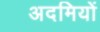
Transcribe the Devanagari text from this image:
अदमियों